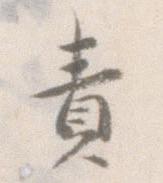
責